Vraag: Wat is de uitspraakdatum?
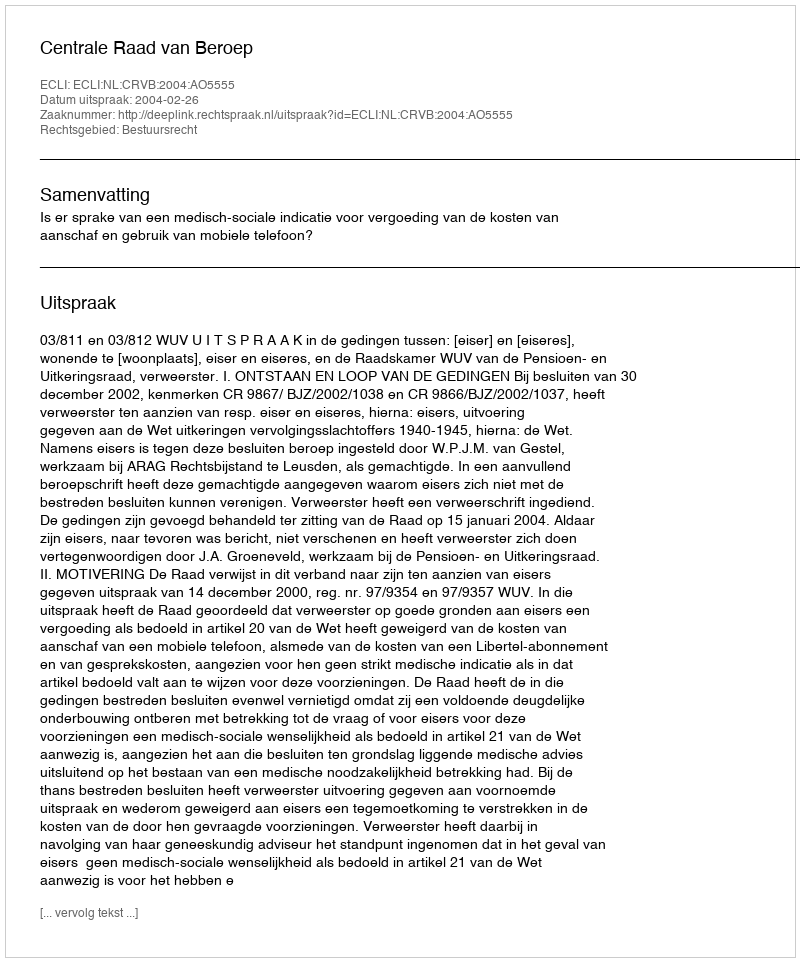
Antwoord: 2004-02-26